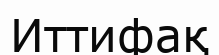
Иттифақ